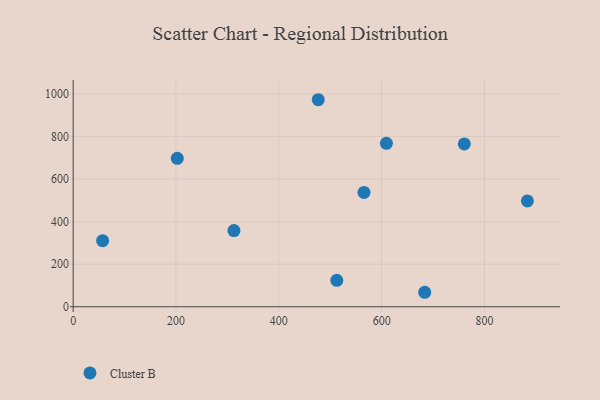
{"axis": {"x": "Study Hours", "y": "Profit"}, "legend": ["Cluster B"], "data": [{"x": "202.5", "y": 697.5, "type": "Cluster B"}, {"x": "760.8", "y": 765.0, "type": "Cluster B"}, {"x": "565.7", "y": 537.3, "type": "Cluster B"}, {"x": "883.5", "y": 497.4, "type": "Cluster B"}, {"x": "512.8", "y": 124.3, "type": "Cluster B"}, {"x": "476.7", "y": 972.8, "type": "Cluster B"}, {"x": "312.7", "y": 358.0, "type": "Cluster B"}, {"x": "609.3", "y": 768.1, "type": "Cluster B"}, {"x": "683.8", "y": 68.0, "type": "Cluster B"}, {"x": "57.3", "y": 310.5, "type": "Cluster B"}]}